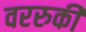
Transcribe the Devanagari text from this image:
वररुकी